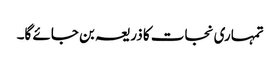
تمہاری نجات کا ذریعہ بن جائے گا۔